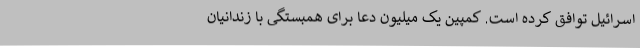
اسرائیل توافق کرده است. کمپین یک میلیون دعا برای همبستگی با زندانیان